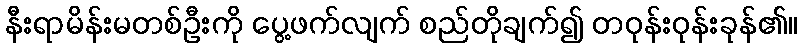
နီးရာမိန်းမတစ်ဦးကို ပွေ့ဖက်လျက် စည်တိုချက်၍ တဝုန်းဝုန်းခုန်၏။